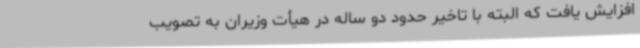
افزایش یافت که البته با تاخیر حدود دو ساله در هیأت وزیران به تصویب